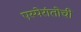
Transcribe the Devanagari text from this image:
एस्पेरांतोची